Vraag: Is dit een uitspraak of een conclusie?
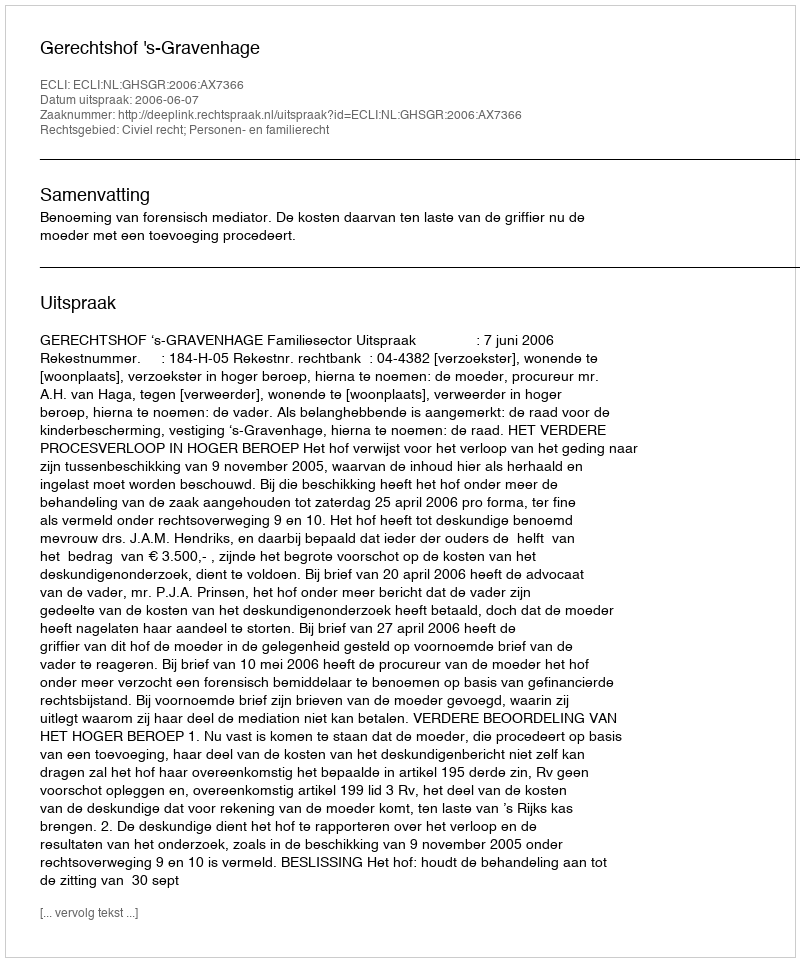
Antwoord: Uitspraak